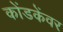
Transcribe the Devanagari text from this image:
कोंडकेंवर